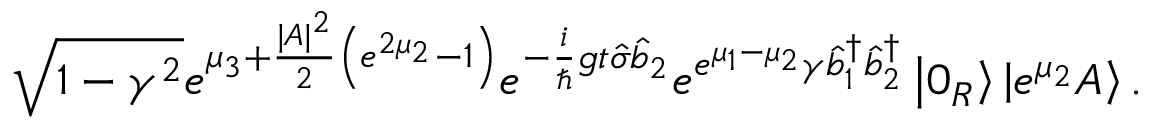
\sqrt { 1 - \gamma ^ { 2 } } e ^ { \mu _ { 3 } + \frac { | A | ^ { 2 } } { 2 } \left( e ^ { 2 \mu _ { 2 } } - 1 \right) } e ^ { - \frac { i } { \hslash } g t \hat { \sigma } \hat { b } _ { 2 } } e ^ { e ^ { \mu _ { 1 } - \mu _ { 2 } } \gamma \hat { b } _ { 1 } ^ { \dagger } \hat { b } _ { 2 } ^ { \dagger } } \left\vert 0 _ { R } \right\rangle \left\vert e ^ { \mu _ { 2 } } A \right\rangle .